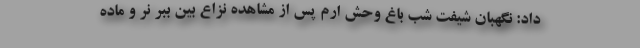
داد: نگهبان شیفت شب باغ وحش ارم پس از مشاهده نزاع بین ببر نر و ماده